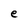
Character: e